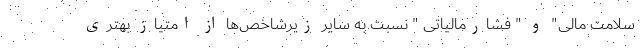
سلامت مالی" و " فشارمالیاتی " نسبت به سایر زیرشاخص‌ها از امتیاز بهتری